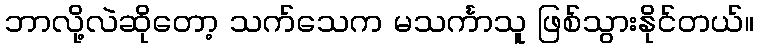
ဘာလို့လဲဆိုတော့ သက်သေက မသင်္ကာသူ ဖြစ်သွားနိုင်တယ်။